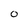
Character: O